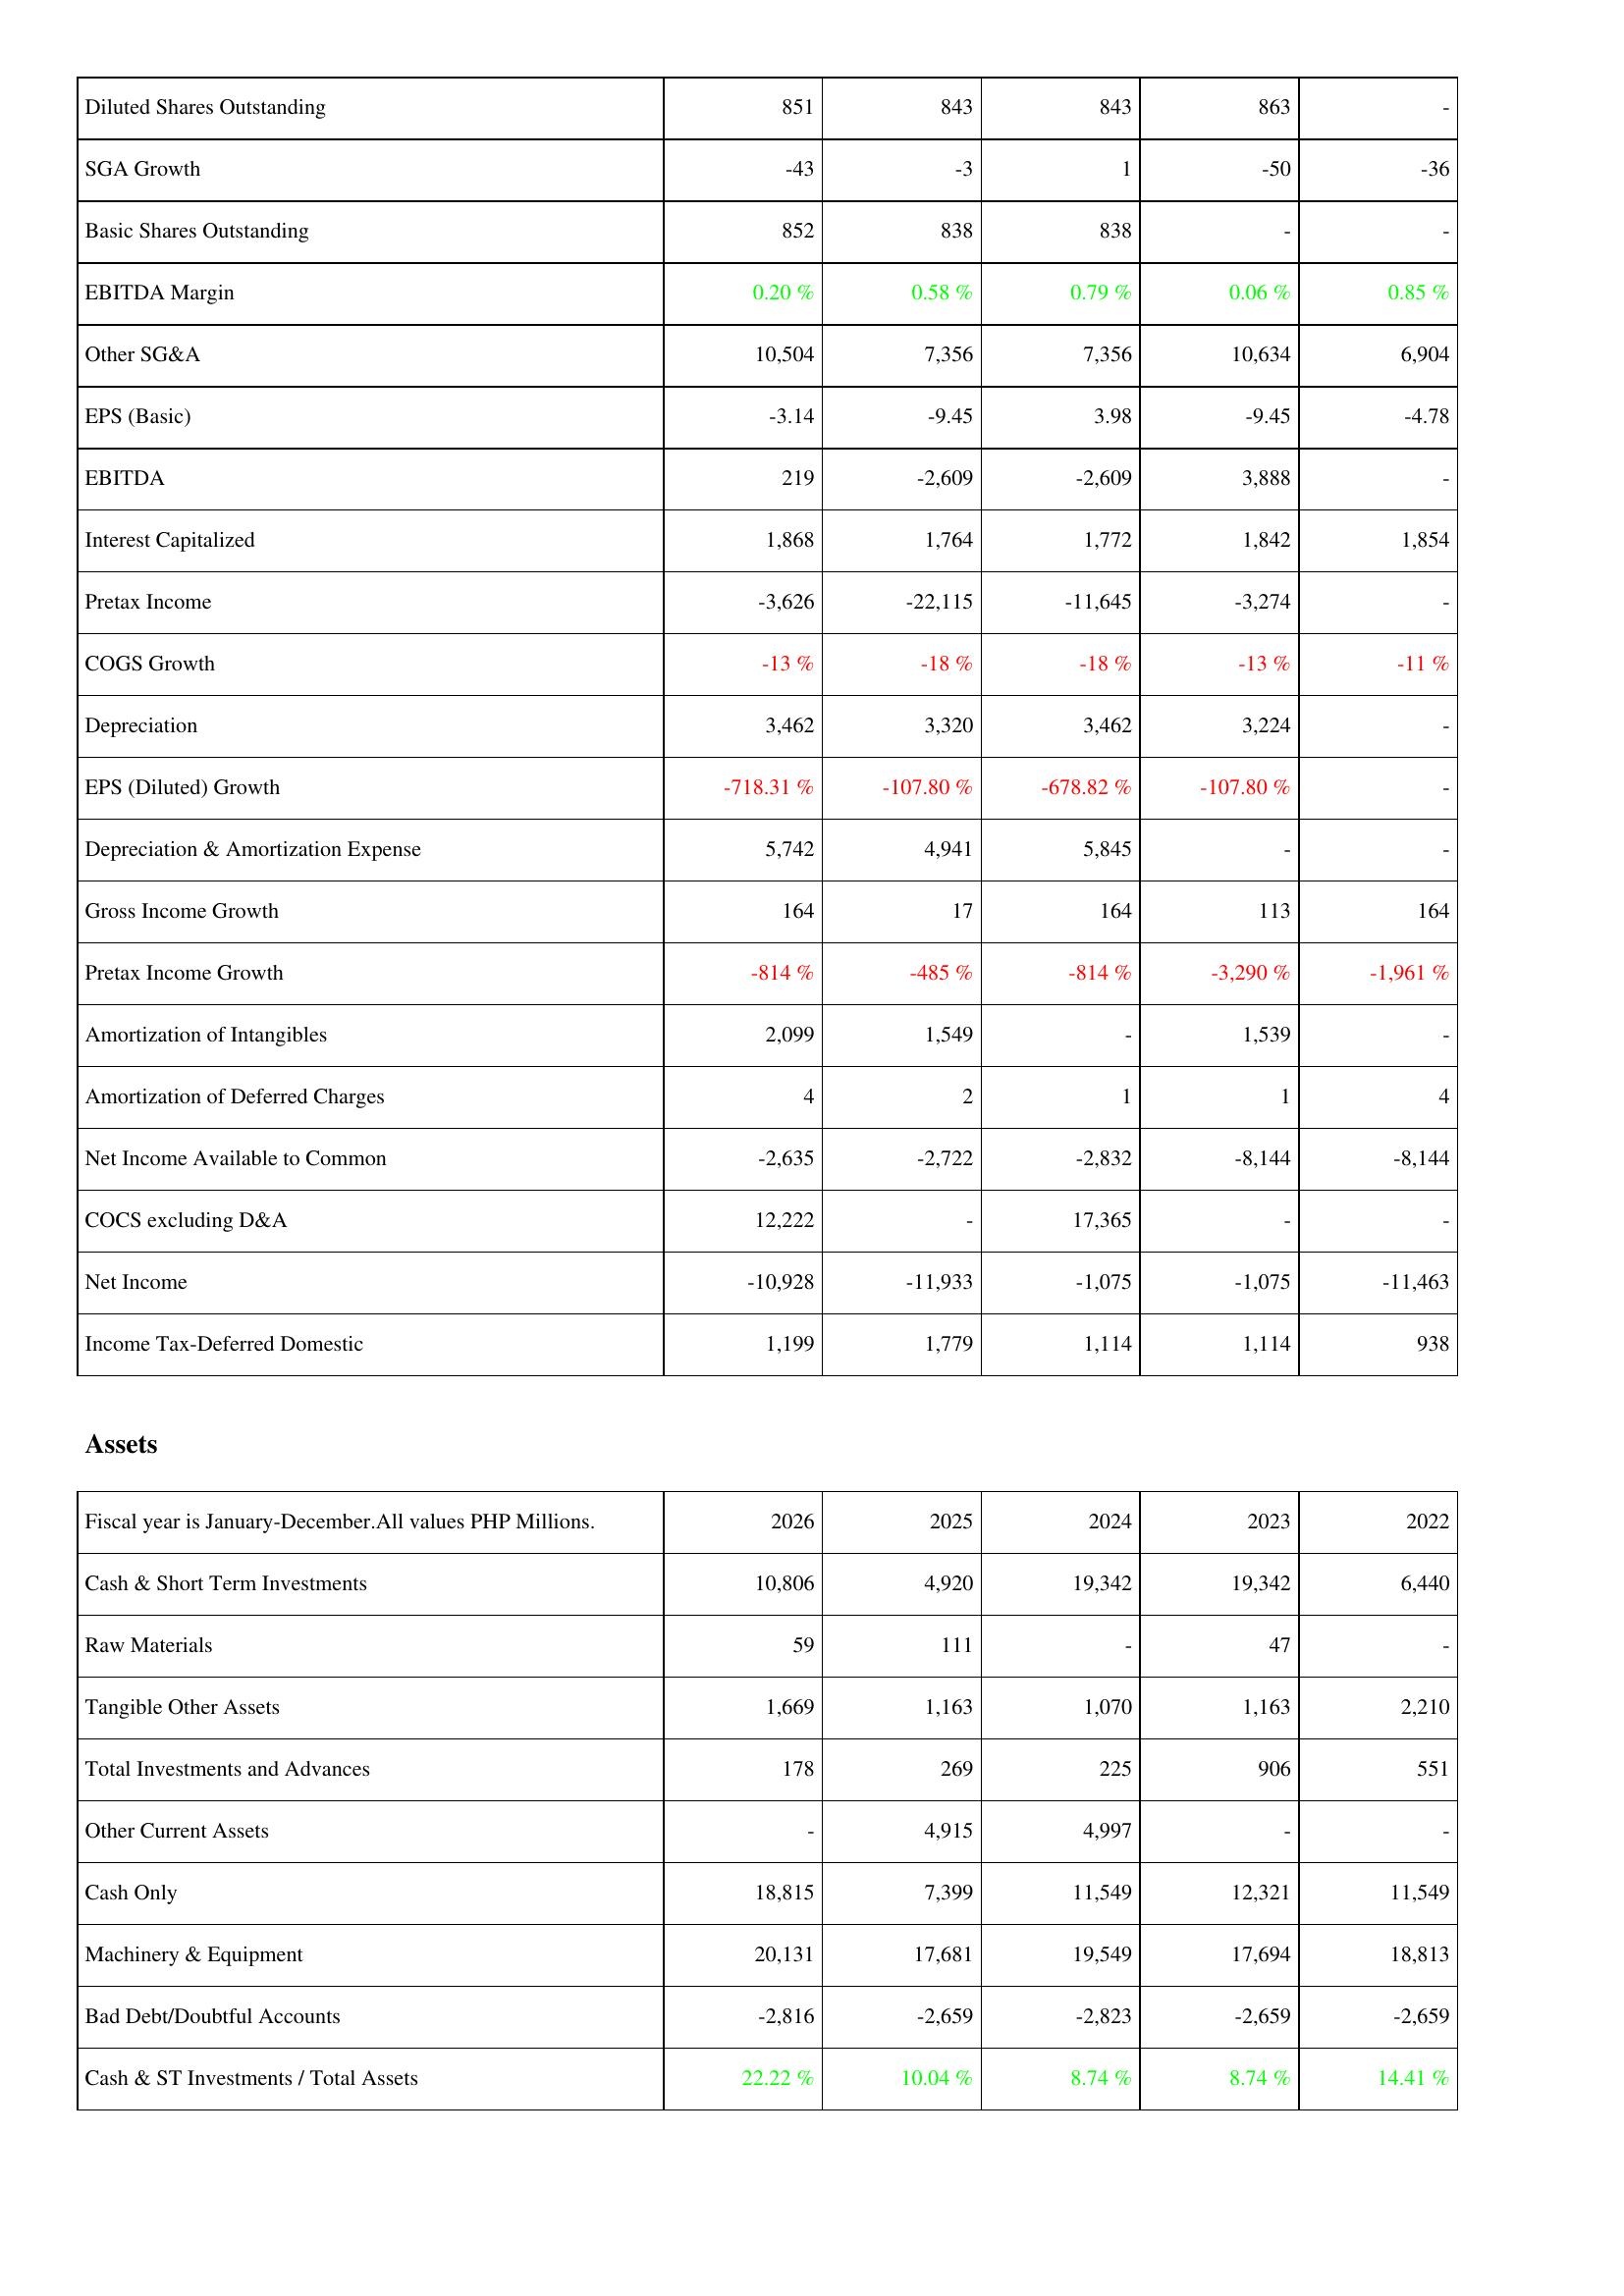
2026: Income Statement: Diluted Shares Outstanding: 851
SGA Growth: -43
Basic Shares Outstanding: 852
EBITDA Margin: 0.20 %
Other SG&A: 10,504
EPS (Basic): -3.14
EBITDA: 219
Interest Capitalized: 1,868
Pretax Income: -3,626
COGS Growth: -13 %
Depreciation: 3,462
EPS (Diluted) Growth: -718.31 %
Depreciation & Amortization Expense: 5,742
Gross Income Growth: 164
Pretax Income Growth: -814 %
Amortization of Intangibles: 2,099
Amortization of Deferred Charges: 4
Net Income Available to Common: -2,635
COCS excluding D&A: 12,222
Net Income: -10,928
Income Tax-Deferred Domestic: 1,199
Assets: Cash & Short Term Investments: 10,806
Raw Materials: 59
Tangible Other Assets: 1,669
Total Investments and Advances: 178
Other Current Assets: -
Cash Only: 18,815
Machinery & Equipment: 20,131
Bad Debt/Doubtful Accounts: -2,816
Cash & ST Investments / Total Assets: 22.22 %
2025: Income Statement: Diluted Shares Outstanding: 843
SGA Growth: -3
Basic Shares Outstanding: 838
EBITDA Margin: 0.58 %
Other SG&A: 7,356
EPS (Basic): -9.45
EBITDA: -2,609
Interest Capitalized: 1,764
Pretax Income: -22,115
COGS Growth: -18 %
Depreciation: 3,320
EPS (Diluted) Growth: -107.80 %
Depreciation & Amortization Expense: 4,941
Gross Income Growth: 17
Pretax Income Growth: -485 %
Amortization of Intangibles: 1,549
Amortization of Deferred Charges: 2
Net Income Available to Common: -2,722
COCS excluding D&A: -
Net Income: -11,933
Income Tax-Deferred Domestic: 1,779
Assets: Cash & Short Term Investments: 4,920
Raw Materials: 111
Tangible Other Assets: 1,163
Total Investments and Advances: 269
Other Current Assets: 4,915
Cash Only: 7,399
Machinery & Equipment: 17,681
Bad Debt/Doubtful Accounts: -2,659
Cash & ST Investments / Total Assets: 10.04 %
2024: Income Statement: Diluted Shares Outstanding: 843
SGA Growth: 1
Basic Shares Outstanding: 838
EBITDA Margin: 0.79 %
Other SG&A: 7,356
EPS (Basic): 3.98
EBITDA: -2,609
Interest Capitalized: 1,772
Pretax Income: -11,645
COGS Growth: -18 %
Depreciation: 3,462
EPS (Diluted) Growth: -678.82 %
Depreciation & Amortization Expense: 5,845
Gross Income Growth: 164
Pretax Income Growth: -814 %
Amortization of Intangibles: -
Amortization of Deferred Charges: 1
Net Income Available to Common: -2,832
COCS excluding D&A: 17,365
Net Income: -1,075
Income Tax-Deferred Domestic: 1,114
Assets: Cash & Short Term Investments: 19,342
Raw Materials: -
Tangible Other Assets: 1,070
Total Investments and Advances: 225
Other Current Assets: 4,997
Cash Only: 11,549
Machinery & Equipment: 19,549
Bad Debt/Doubtful Accounts: -2,823
Cash & ST Investments / Total Assets: 8.74 %
2023: Income Statement: Diluted Shares Outstanding: 863
SGA Growth: -50
Basic Shares Outstanding: -
EBITDA Margin: 0.06 %
Other SG&A: 10,634
EPS (Basic): -9.45
EBITDA: 3,888
Interest Capitalized: 1,842
Pretax Income: -3,274
COGS Growth: -13 %
Depreciation: 3,224
EPS (Diluted) Growth: -107.80 %
Depreciation & Amortization Expense: -
Gross Income Growth: 113
Pretax Income Growth: -3,290 %
Amortization of Intangibles: 1,539
Amortization of Deferred Charges: 1
Net Income Available to Common: -8,144
COCS excluding D&A: -
Net Income: -1,075
Income Tax-Deferred Domestic: 1,114
Assets: Cash & Short Term Investments: 19,342
Raw Materials: 47
Tangible Other Assets: 1,163
Total Investments and Advances: 906
Other Current Assets: -
Cash Only: 12,321
Machinery & Equipment: 17,694
Bad Debt/Doubtful Accounts: -2,659
Cash & ST Investments / Total Assets: 8.74 %
2022: Income Statement: Diluted Shares Outstanding: -
SGA Growth: -36
Basic Shares Outstanding: -
EBITDA Margin: 0.85 %
Other SG&A: 6,904
EPS (Basic): -4.78
EBITDA: -
Interest Capitalized: 1,854
Pretax Income: -
COGS Growth: -11 %
Depreciation: -
EPS (Diluted) Growth: -
Depreciation & Amortization Expense: -
Gross Income Growth: 164
Pretax Income Growth: -1,961 %
Amortization of Intangibles: -
Amortization of Deferred Charges: 4
Net Income Available to Common: -8,144
COCS excluding D&A: -
Net Income: -11,463
Income Tax-Deferred Domestic: 938
Assets: Cash & Short Term Investments: 6,440
Raw Materials: -
Tangible Other Assets: 2,210
Total Investments and Advances: 551
Other Current Assets: -
Cash Only: 11,549
Machinery & Equipment: 18,813
Bad Debt/Doubtful Accounts: -2,659
Cash & ST Investments / Total Assets: 14.41 %